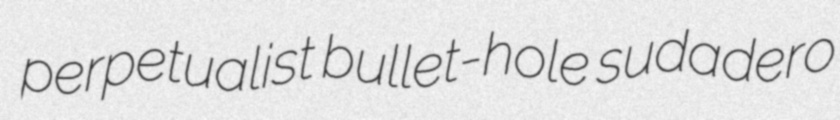
perpetualist bullet-hole sudadero